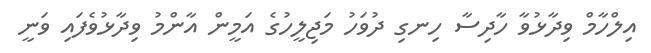
އިލްހާމް ވިދާޅުވާ ހާދިސާ ހިނގި ދުވަހު މަޖިލީހުގެ އަމީން އާންމު ވިދާޅުވެފައި ވަނީ